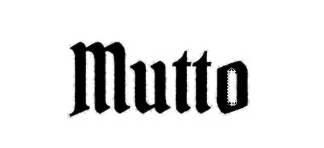
Mutto